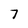
Character: 7